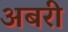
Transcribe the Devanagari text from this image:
अबरी